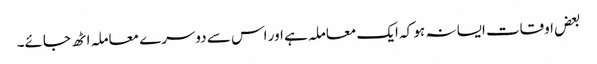
بعض اوقات ایسا نہ ہو کہ ایک معاملہ ہے اور اس سے دوسرے معاملہ اٹھ جائے۔